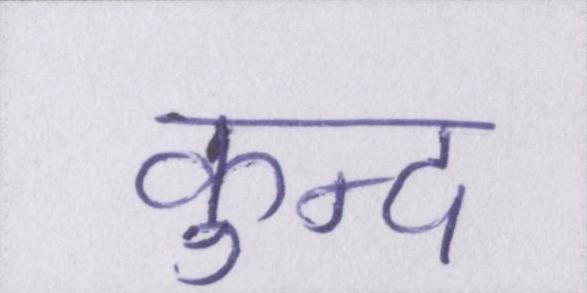
कुन्द